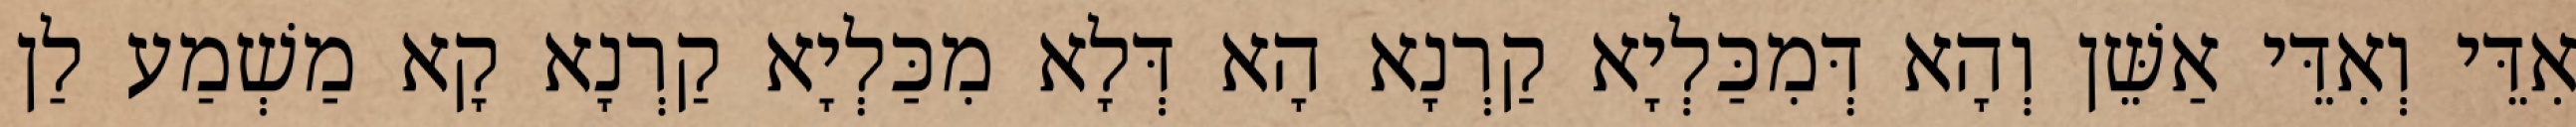
אִדֵּי וְאִדֵּי אַשֵּׁן וְהָא דְּמִכַּלְיָא קַרְנָא הָא דְּלָא מִכַּלְיָא קַרְנָא קָא מַשְׁמַע לַן